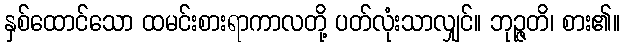
နှစ်ထောင်သော ထမင်းစားရာကာလတို့ ပတ်လုံးသာလျှင်။ ဘုဉ္ဇတိ၊ စား၏။